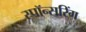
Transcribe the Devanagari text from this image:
स्पॉन्सरिंग